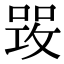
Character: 𠹣